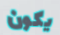
يكون